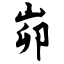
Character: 峁